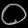
Digit: ၀